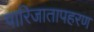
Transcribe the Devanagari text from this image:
पारिजातापहरण